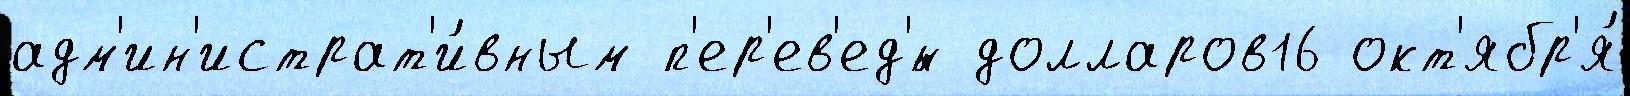
адм'ин'истрат'и́вным п'ер'ев'ед'́н долларов16 окт'ябр'я́